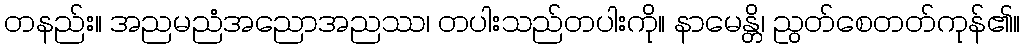
တနည်း။ အညမညံအညောအညဿ၊ တပါးသည်တပါးကို။ နာမေန္တိ၊ ညွတ်စေတတ်ကုန်၏။